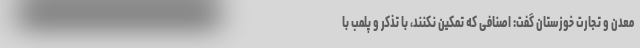
معدن و تجارت خوزستان گفت: اصنافی که تمکین نکنند، با تذکر و پلمب با